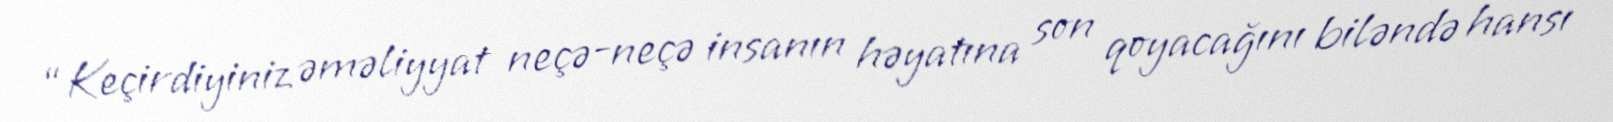
“Keçirdiyiniz əməliyyat neçə-neçə insanın həyatına son qoyacağını biləndə hansı